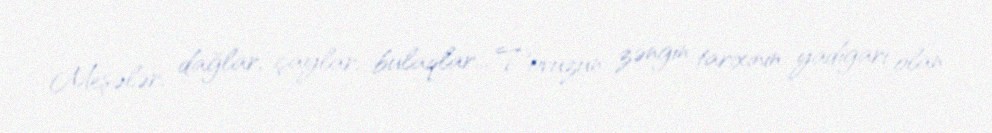
Meşələr, dağlar, çaylar, bulaqlar... Tovuzun zəngin tarixinin yadigarı olan